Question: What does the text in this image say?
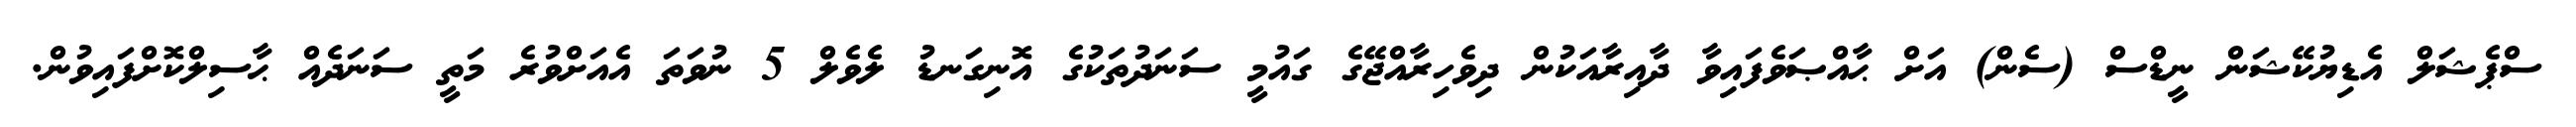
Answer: ސްޕެޝަލް އެޑިޔުކޭޝަން ނީޑްސް (ސެން) އަށް ޙާއްޞަވެފައިވާ ދާއިރާއަކުން ދިވެހިރާއްޖޭގެ ގައުމީ ސަނަދުތަކުގެ އޮނިގަނޑު ލެވެލް 5 ނުވަތަ އެއަށްވުރެ މަތީ ސަނަދެއް ޙާސިލްކޮށްފައިވުން.